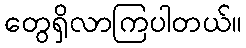
တွေရှိလာကြပါတယ်။